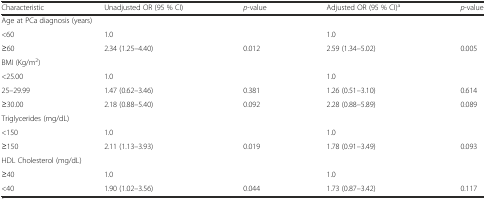
<table><thead><tr><td><b>Characteristic</b></td><td><b>Unadjusted OR (95 % CI)</b></td><td><b><i>p</i>-value</b></td><td><b>Adjusted OR (95 % CI)<sup>a</sup></b></td><td><b><i>p</i>-value</b></td></tr></thead><tbody><tr><td colspan="5">Age at PCa diagnosis (years)</td></tr><tr><td>&lt;60</td><td>1.0</td><td></td><td>1.0</td><td></td></tr><tr><td>≥60</td><td>2.34 (1.25–4.40)</td><td>0.012</td><td>2.59 (1.34–5.02)</td><td>0.005</td></tr><tr><td colspan="5">BMI (Kg/m<sup>2</sup>)</td></tr><tr><td>&lt;25.00</td><td>1.0</td><td></td><td>1.0</td><td></td></tr><tr><td>25–29.99</td><td>1.47 (0.62–3.46)</td><td>0.381</td><td>1.26 (0.51–3.10)</td><td>0.614</td></tr><tr><td>≥30.00</td><td>2.18 (0.88–5.40)</td><td>0.092</td><td>2.28 (0.88–5.89)</td><td>0.089</td></tr><tr><td colspan="5">Triglycerides (mg/dL)</td></tr><tr><td>&lt;150</td><td>1.0</td><td></td><td>1.0</td><td></td></tr><tr><td>≥150</td><td>2.11 (1.13–3.93)</td><td>0.019</td><td>1.78 (0.91–3.49)</td><td>0.093</td></tr><tr><td colspan="5">HDL Cholesterol (mg/dL)</td></tr><tr><td>≥40</td><td>1.0</td><td></td><td>1.0</td><td></td></tr><tr><td>&lt;40</td><td>1.90 (1.02–3.56)</td><td>0.044</td><td>1.73 (0.87–3.42)</td><td>0.117</td></tr></tbody></table>